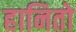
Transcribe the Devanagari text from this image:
हानितो